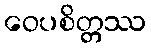
ဝေပစိတ္တဿ